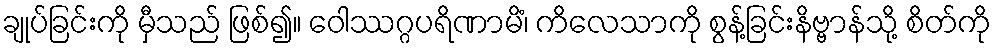
ချုပ်ခြင်းကို မှီသည် ဖြစ်၍။ ဝေါဿဂ္ဂပရိဏာမိံ၊ ကိလေသာကို စွန့်ခြင်းနိဗ္ဗာန်သို့ စိတ်ကို